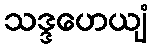
သဒ္ဒဟေယျံ